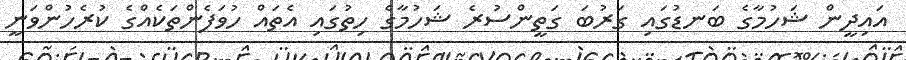
އައިދީން ޝަހުމާގެ ބަނޑުގައި ގަރުބަ ގަތީންސުރެ ޝަހުމާގެ ހިތުގައި އެތައް ހުވަފެންތަކެއްގެ ކުރެހުންވަނީ